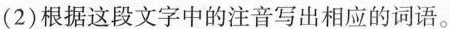
(2)根据这段文字中的注音写出相应的词语。